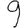
Digit: 9